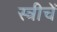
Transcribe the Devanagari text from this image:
स्त्रीचें